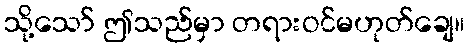
သို့သော် ဤသည်မှာ တရားဝင်မဟုတ်ချေ။